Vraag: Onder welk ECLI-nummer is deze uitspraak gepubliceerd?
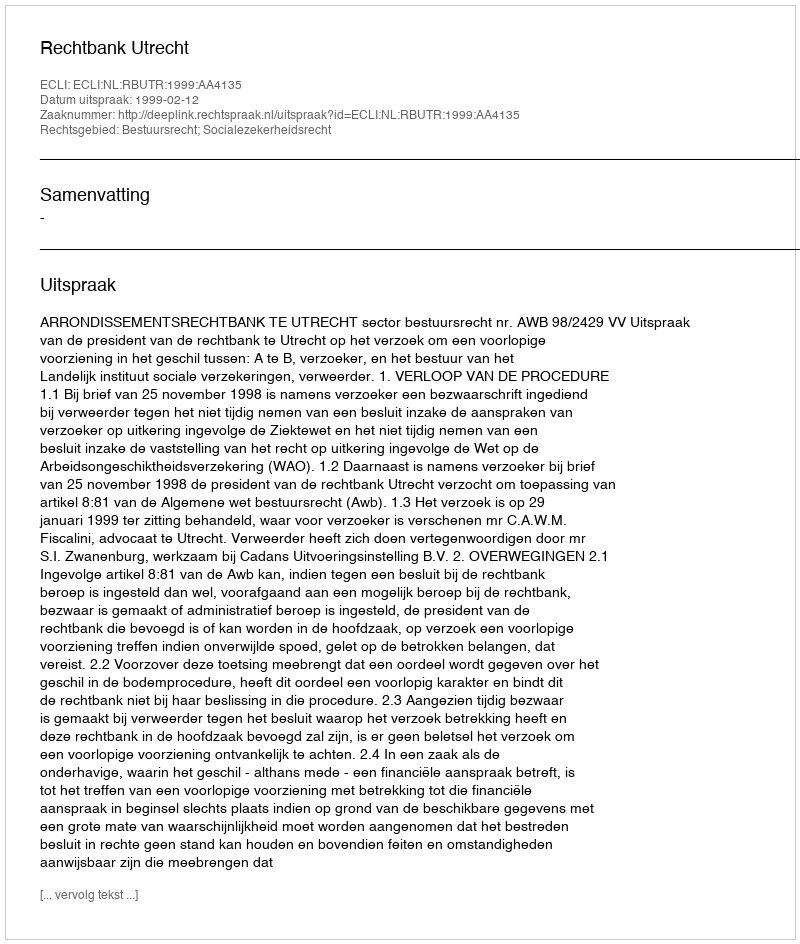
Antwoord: ECLI:NL:RBUTR:1999:AA4135